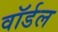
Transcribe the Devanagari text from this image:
वॉर्डल